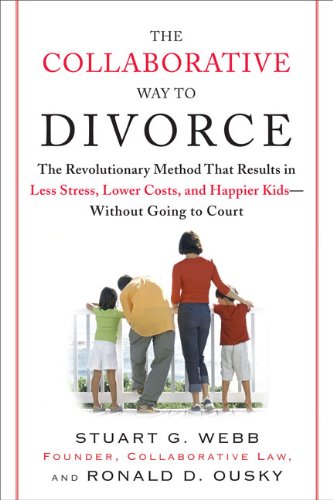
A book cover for The Collaborative Way to Divorce: The Revolutionary Method That Results in Less Stress, LowerCosts, and Happier Ki ds--Without Going to Court; Stuart G. Webb; Law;